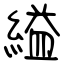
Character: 縊